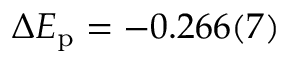
\Delta E _ { \mathrm { p } } = - 0 . 2 6 6 ( 7 )